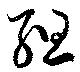
組